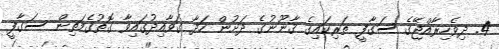
4. ދިވެހިރާއްޖޭގެ ސަގާފީ ތަރިކައިގެ ޤާނޫނުގެ ދަށުން ހަދާ ގަވާއިދުގައިވާ ގޮތުގެމަތިން ސަގާފީ